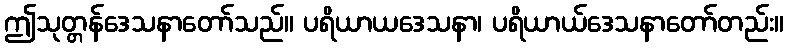
ဤသုတ္တန်ဒေသနာတော်သည်။ ပရိယာယဒေသနာ၊ ပရိယာယ်ဒေသနာတော်တည်း။